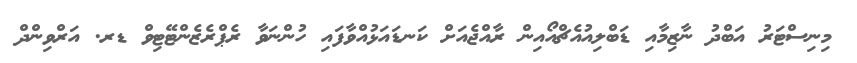
މިނިސްޓަރު އަބްދު ނާޒިމާއި ޑަބްލިއުއެޗްއޯއިން ރާއްޖެއަށް ކަނޑައަޅުއްވާފައި ހުންނަވާ ރެޕްރެޒެންޓޭޓިވް ޑރ. އަރްވިންދް